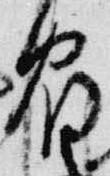
宿